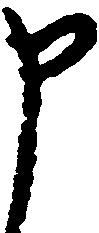
申